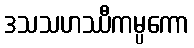
ဒသသဟဿီကမ္ပကော